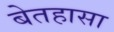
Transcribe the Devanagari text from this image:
बेतहासा